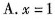
A.$$ x = 1 $$